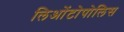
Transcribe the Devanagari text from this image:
लिओंटोपोलिस